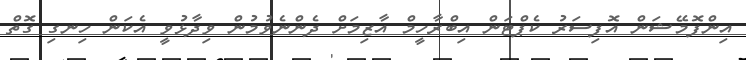
އިންފޮމޭޝަން އޮފިސަރު ކެޕްޓަން އިބްރާހީމް އާޒިމަށް ދެންނެވުމުން ވިދާޅުވީ އެކަން ހިނގި ގޮތް